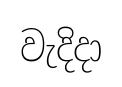
වැදිදා